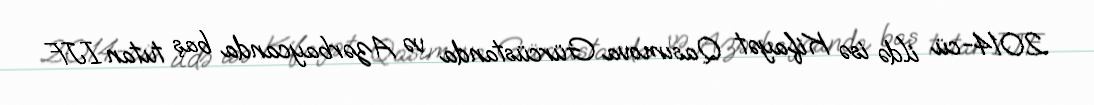
2014-cü ildə isə Kifayət Qasımova Gürcüstanda və Azərbaycanda baş tutan IJF